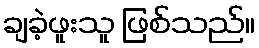
ချခဲ့ဖူးသူ ဖြစ်သည်။